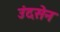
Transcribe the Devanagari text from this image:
उंदसेन